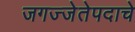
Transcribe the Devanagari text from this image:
जगज्जेतेपदाचे